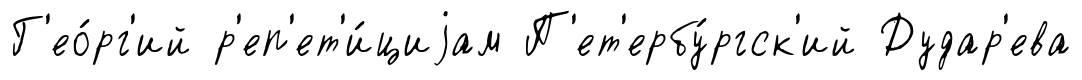
Г'ео́рг'ий р'еп'ет'и́циjам П'ет'ербу́ргск'ий Дудар'ева